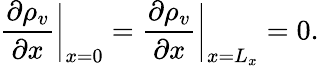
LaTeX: \frac{\partial\rho_{v}}{\partial x}\bigg\vert_{x=0}=\frac{\partial\rho_{v}}{\partial x}\bigg\vert_{x=L_{x}}=0.